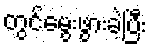
တွင်မွေးဖွားခဲ့ပြီး